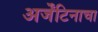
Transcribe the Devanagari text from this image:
अर्जेंटिनाचा